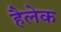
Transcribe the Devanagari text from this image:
हैलेक